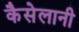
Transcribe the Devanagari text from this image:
कैसेलानी